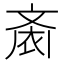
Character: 𱌙